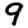
Digit: 9